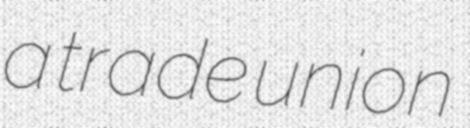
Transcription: a trade union